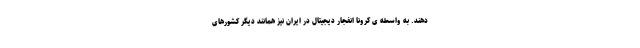
دهند. به واسطه ی کرونا انفجار دیجیتال در ایران نیز همانند دیگر کشورهای